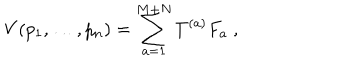
V ( p _ { 1 } , \ldots , p _ { n } ) = \sum _ { a = 1 } ^ { M + N } T ^ { ( a ) } F _ { a } \ ,